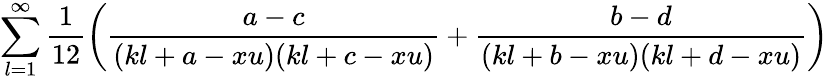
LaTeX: \sum_{l=1}^{\infty}\frac{1}{12}\left(\frac{a-c}{(kl+a-xu)(kl+c-xu)}+\frac{b-d}{(kl+b-xu)(kl+d-xu)}\right)